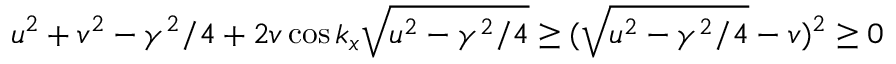
u ^ { 2 } + v ^ { 2 } - \gamma ^ { 2 } / 4 + 2 v \cos k _ { x } \sqrt { u ^ { 2 } - \gamma ^ { 2 } / 4 } \geq ( \sqrt { u ^ { 2 } - \gamma ^ { 2 } / 4 } - v ) ^ { 2 } \geq 0